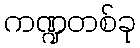
ကဏ္ဍတစ်ခု